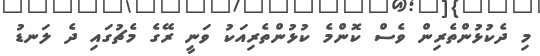
މި ދެކުޅުންތެރިން ވެސް ކޮންމެ ކުޅުންތެރިއަކު ވަނީ ރޭގެ މެޗުގައި ދެ ލަނޑު